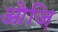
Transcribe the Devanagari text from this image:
ओज़ि